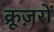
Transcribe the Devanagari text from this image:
क्रूज़रों